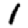
Digit: 1